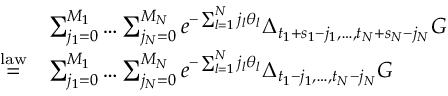
\begin{array} { r l } & { \sum _ { j _ { 1 } = 0 } ^ { M _ { 1 } } \dots \sum _ { j _ { N } = 0 } ^ { M _ { N } } e ^ { - \sum _ { l = 1 } ^ { N } j _ { l } \theta _ { l } } \Delta _ { t _ { 1 } + s _ { 1 } - j _ { 1 } , \dots , t _ { N } + s _ { N } - j _ { N } } G } \\ { \overset { \mathrm { l a w } } { = } } & { \sum _ { j _ { 1 } = 0 } ^ { M _ { 1 } } \dots \sum _ { j _ { N } = 0 } ^ { M _ { N } } e ^ { - \sum _ { l = 1 } ^ { N } j _ { l } \theta _ { l } } \Delta _ { t _ { 1 } - j _ { 1 } , \dots , t _ { N } - j _ { N } } G } \end{array}